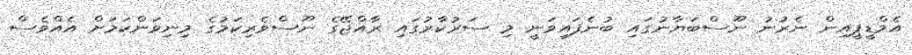
އެމްޑީޕީއިން ނެރުނު ނޫސްބަޔާނުގައި ބުނެފައިވަނީ މި ސަރުކާރުގައި ރާއްޖޭގެ ނޫސްވެރިކަމުގެ މިނިވަންކަމަށް އެއްވެސް